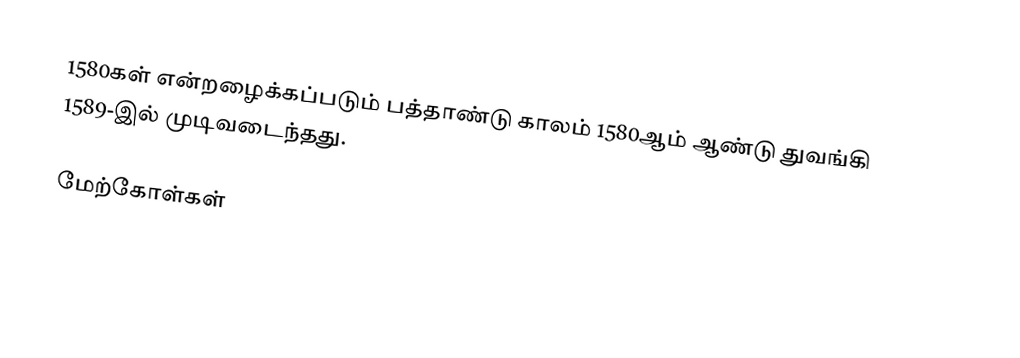
1580கள் என்றழைக்கப்படும் பத்தாண்டு காலம் 1580ஆம் ஆண்டு துவங்கி 1589-இல் முடிவடைந்தது.

மேற்கோள்கள்